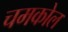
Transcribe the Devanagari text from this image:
चमकोल